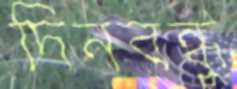
দিনবন্ধু